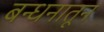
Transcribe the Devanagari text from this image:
बन्धनातून